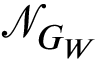
\mathcal { N } _ { G _ { W } }